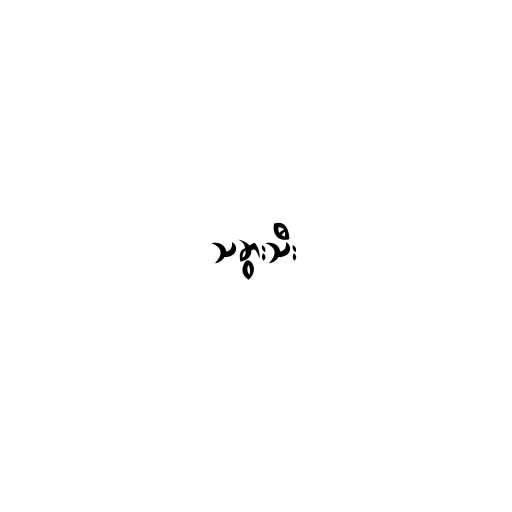
သခွားသီး